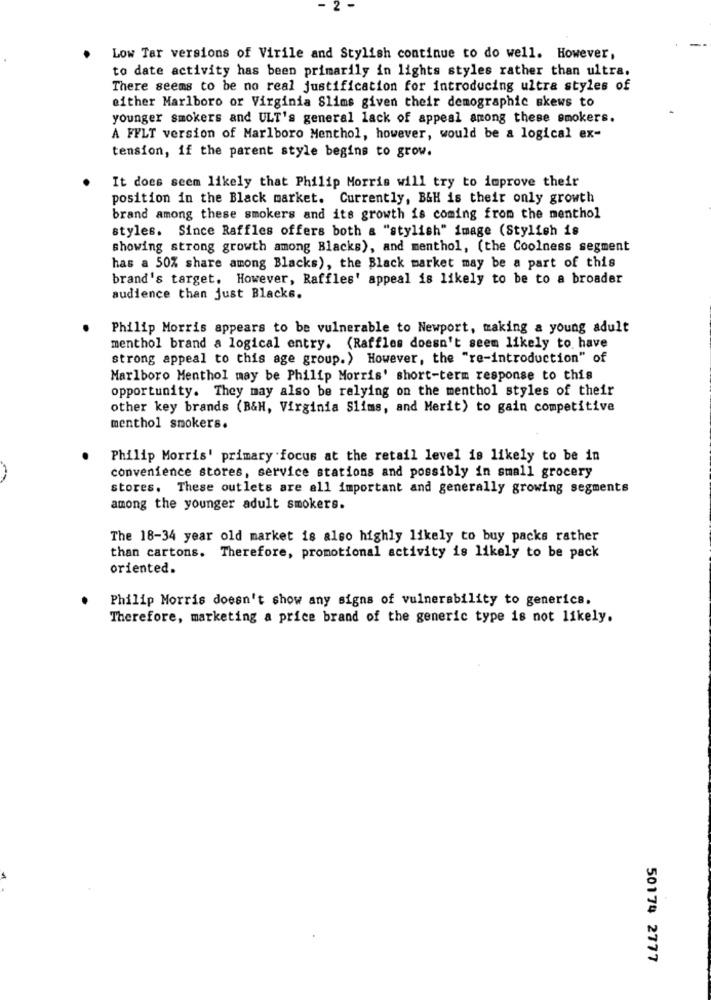
2
Low Tar versions of Virile and Stylish continue to do well. However,
to date activity has been primarily in lights styles rather than ultra.
There seems to be no real justification for introducing ultra styles of
either Marlboro or Virginia Slims given their demographic skews to
younger smokers and ULT's general lack of appeal among these smokers.
A FELT version of Marlboro Menthol, however, would be a logical ex-
tension, if the parent style begins to grow.
It does seem likely that Philip Morris will try to improve their
position in the Black market. Currently, B&H is their only growth
brand among these smokers and its growth is coming from the menthol
styles. Since Raffles offers both a "stylish" image (Stylish is
showing strong growth among Blacks), and menthol, (the Coolness segment
has a 50% share among Blacks), the Black market may be a part of this
brand's target. However, Raffles' appeal is likely to be to a broader
audience than just Blacks.
Philip Morris appears to be vulnerable to Newport, making & young adult
menthol brand a logical entry. (Raffles doesn't seem likely to have
strong appeal to this age group. ) However, the "re-introduction" of
Marlboro Menthol may be Philip Morris' short-term response to this
opportunity. They may also be relying on the menthol styles of their
other key brands (B&H, Virginia Slims, and Merit) to gain competitive
menthol smokers.
Philip Morris' primary focus at the retail level is likely to be in
convenience stores, service stations and possibly in small grocery
stores. These outlets are all important and generally growing segments
among the younger adult smokers.
The 18-34 year old market is also highly likely to buy packs rather
than cartons. Therefore, promotional activity is likely to be pack
oriented.
Philip Morris doesn't show any signs of vulnerability to generics.
Therefore, marketing a price brand of the generic type is not likely.
50174 2777